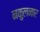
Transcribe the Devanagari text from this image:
नकुलनार